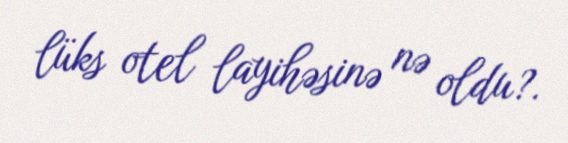
lüks otel layihəsinə nə oldu?.